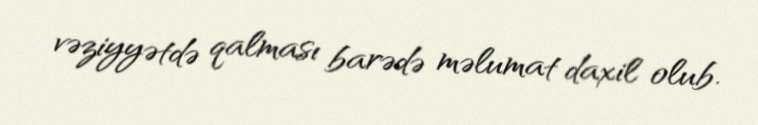
vəziyyətdə qalması barədə məlumat daxil olub.